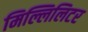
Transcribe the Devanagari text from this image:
मिल्लिलिटर